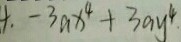
4 . - 3 a x ^ { 4 } + 3 a y ^ { 4 }